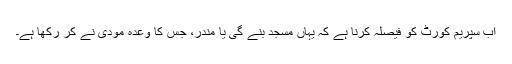
اب سپریم کورٹ کو فیصلہ کرنا ہے کہ یہاں مسجد بنے گی یا مندر، جس کا وعدہ مودی نے کر رکھا ہے۔